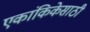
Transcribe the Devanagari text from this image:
एकांकिकेसाठी